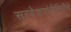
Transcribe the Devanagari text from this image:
सरदेशपांडेगिरीचे